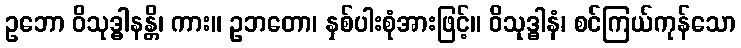
ဥဘော ဝိသုဒ္ဓါနန္တိ၊ ကား။ ဥဘတော၊ နှစ်ပါးစုံအားဖြင့်။ ဝိသုဒ္ဓါနံ၊ စင်ကြယ်ကုန်သော